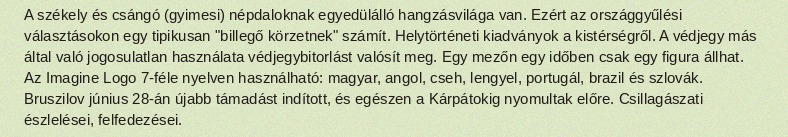
A székely és csángó (gyimesi) népdaloknak egyedülálló hangzásvilága van. Ezért az országgyűlési választásokon egy tipikusan "billegő körzetnek" számít. Helytörténeti kiadványok a kistérségről. A védjegy más által való jogosulatlan használata védjegybitorlást valósít meg. Egy mezőn egy időben csak egy figura állhat. Az Imagine Logo 7-féle nyelven használható: magyar, angol, cseh, lengyel, portugál, brazil és szlovák. Bruszilov június 28-án újabb támadást indított, és egészen a Kárpátokig nyomultak előre. Csillagászati észlelései, felfedezései.